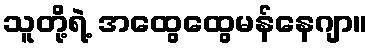
သူတို့ရဲ့ အထွေထွေမန်နေဂျာ။